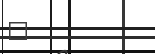
٩